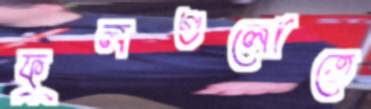
ফুলগুলোতে